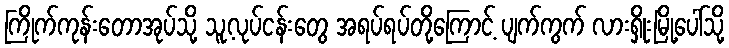
ကြိုက်ကုန်းတောအုပ်သို့ သူ့လုပ်ငန်းတွေ အရပ်ရပ်တို့ကြောင့် ပျက်ကွက် လားရှိုးမြို့ပေါ်သို့